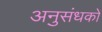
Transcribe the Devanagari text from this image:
अनुसंधकों